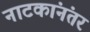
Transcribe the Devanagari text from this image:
नाटकांनंतर